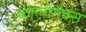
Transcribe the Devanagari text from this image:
कालीमैक्स